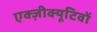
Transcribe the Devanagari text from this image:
एक्ज़ीक्यूटिवों